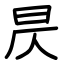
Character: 昃